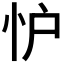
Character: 𢗼